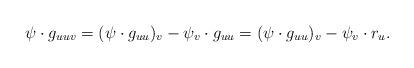
LaTeX: \begin{align*} \psi\cdot g_{uuv}=(\psi\cdot g_{uu})_v-\psi_v\cdot g_{uu} = (\psi\cdot g_{uu})_v-\psi_v\cdot r_u. \end{align*}